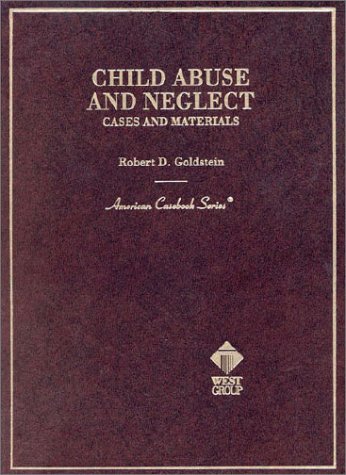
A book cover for Goldstein's Child Abuse and Neglect: Cases and Materials (American Casebook Series); Robert Goldstein; Law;